Annual statistical returns and brief notes on vaccination in Bengal - 1896-1909
Year: 1896
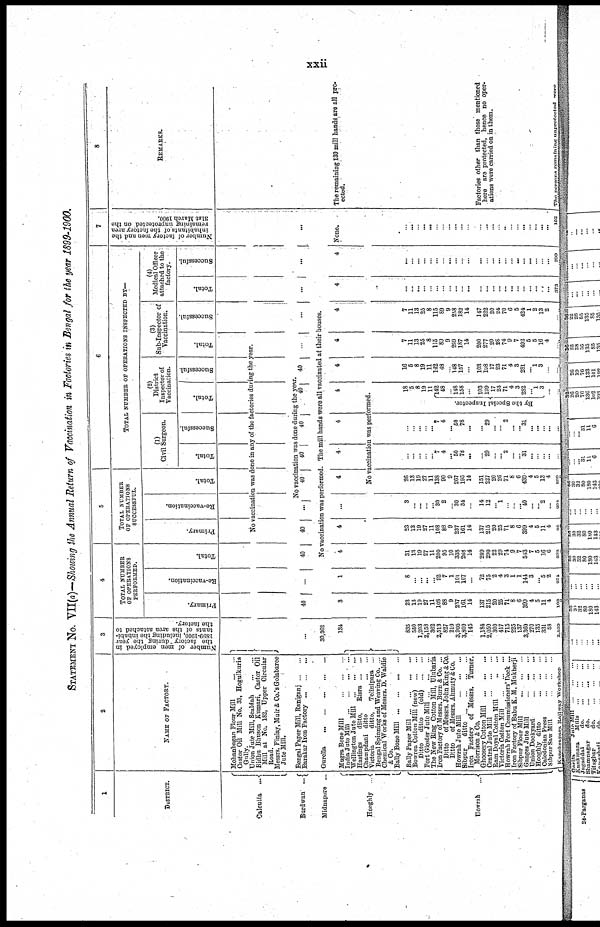
xxii
STATEMENT No. VII(a)—Showing the Annual Return of Vaccination in Factories in Bengal for the year 1899-1900.
1
DISTRICT.
Calcutta ...
Burdwan ...
Midnapore ...
Hooghly ...
Howrah ...
2
NAME OF FACTORY.
Mohanbagan Flour Mill
...
...
Castor Oil Mill No. 33, Hogulkuria
Gully.
Union Jute Mill, Sealdah
...
...
Bidhu Bhuson Kumari, Castor Oil
Mill at No. 182, Upper Circular
Road.
Messrs. Finlay, Muir & Co.'s Golabaree
Jute Mill.
Bengal Paper Mill, Raniganj ... ...
Barakar Iron Factory ... ... ...
Gurella
...
...
...
...
...
Mugra Bone Mill
...
...
...
India Jute Mill
...
...
...
...
Wellington Jute Mill ... ... ...
Hastings
ditto,
Risra ... ...
Champdani ditto
...
...
Victoria
ditto,
Telinipara ...
Bengal Spinning and Weaving Co. ...
Chemical Works of Messrs. D. Waldie
& Co.
Bally Bone Mill ... ... ... ...
Bally Paper Mill ... ... ... ...
Bowrea Cotton Mill (new)
...
...
Ditto
ditto
(old) ... ...
Fort Gloster Jute Mill ... ... ...
The New Bing Cotton Mill, Ulubaria
Iron Factory of Messrs. Burn & Co. ...
Ditto
of Messrs. John King & Co.
Ditto
of Messrs. Ahmuty & Co.
Howrah Jute Mill
...
...
...
Sibpur
ditto ... ... ... ...
Iron Factory of Messrs. Turner,
Morrison & Co.
Ghoosery Cotton Mill ...
...
...
Central Jute Mill
...
...
...
Ram Doyal Cotton Mill
... ...
Victoria Cotton Mill
...
...
...
Howrah Port Commissioners' Dock ...
Iron Factory of Babu K. M. Mukherji
Sibpur Flour Mill
...
...
...
Ganges Jute Mill
...
... ...
Union Dockyard
...
...
...
Hooghly ditto
...
...
...
Caledonian Press
...
...
...
Sibpur Saw Mill
...
...
...
Kanchrapara Railway Workshop
3
Number of men employed in
the factory during the year
1899-1900, including the inhabi-
tants of the area attached to
the factory.
...
30,362
134
835
550
1,203
2,158
362
2,513
827
210
3,905
3,800
145
1,184
2,050
300
417
715
225
137
3,360
270
135
331
53
2,530
4
TOTAL NUMBER
OF OPERATIONS
PERFORMED.
Primary.
40
3
23
13
19
27
11
108
88
9
237
161
14
137
215
20
25
71
8
6
399
4
5
11
4
102
Re-vaccination.
...
1
8
... ...
...
... 92
7
1
101
107
...
72
75
2
4
3
1
1
144
3
... 5
2
271
Total.
40
5
TOTAL NUMBER
OF OPERATIONS
SUCCESSFUL.
Primary.
Re-vaccination.
Total.
6
TOTAL NUMBER OF OPERATIONS INSPECTED BY—
(1)
Civil Surgeon.
Total.
Successful.
(2)
District
Inspector of
Vaccination.
Tot al .
Successful.
(3)
Sub-Inspector of
Vaccination.
Total.
No vaccination was done in any of the factories during the year.
40
No vaccination was done during the year.
...
40
40
40
40
40
...
Successful.
...
No vaccination was performed. The mill hands were all vaccinated at their houses.
4
31
13
19
27
11
200
95
10
338
268
14
209
290
22
29
74
9
7
543
7
5
10
6
373
4
23
13
19
27
11
108
88
9
237
161
14
137
215
20
25
71
8
6
399
4
5
11
4
95
...
3
...
...
...
... 30
2
... 30 34
...
14
12
... 1
...
...
... 40
...
... 2
...
204
4
4
4
4
No vaccination was performed.
26
13
19
27
11
138
90
9
267
195
14
151
227
20
26
71
8
6
439
4
5
13
4
290
...
...
...
... ... 7
4
... 50
78
...
... 29
... ... 2
...
... 31
...
...
...
...
...
...
...
...
... ... 7
4
... 50
78
...
... 29
...
...
2
...
... 31
...
...
...
...
18
5
8
19
11
By the Special Inspector.
142
48
... 148
158
...
103
199
17
23
71
4 3
282
...
1
3
...
...
4
16
5
8
19
11
142
48
...
148
157
...
103
198
17
23
71
4
3
281
... 1
3
...
...
4
7
11
13
25
8
115
89
9
299
187
14
200
277
20
28
74
9
7
492
5
5
16
4
...
4
7
11
13
25
8
115
89
9
258
182
14
147
222
20
24
70
6
5
424
1
2
13
2
...
(4)
Medical Officer
attached to the
factory.
Total.
...
4
...
...
...
...
...
...
...
...
...
...
...
...
...
...
...
...
...
...
... ...
...
...
...
373
Successful.
...
4
...
...
...
...
...
...
... ...
...
...
...
...
... ...
...
...
...
...
...
...
...
... ...
209
7
Number of factory men and the
inhabitants of the factory area
remaining unprotected on the
31st March 1900.
...
None.
...
...
... ...
...
...
... ...
...
...
...
... ...
...
... ...
...
... ...
... ...
...
...
102
8
REMARKS.
The remaining 130 mill hands are all pro-
ected.
Factories other than those mentioned
here are protected, hence no oper-
ations were carried on in them.
The persons remaining unprotected were